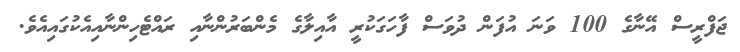
ޖަފްރީސް އޭނާގެ 100 ވަނަ އުފަން ދުވަސް ފާހަގަކުރީ އާއިލާގެ މެންބަރުންނާއި ރައްޓެހިންނާއިއެކުގައިއެވެ.